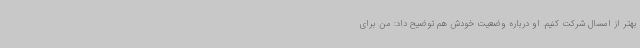
بهتر از امسال شرکت کنیم. او درباره وضعیت خودش هم توضیح داد:‌ من برای